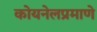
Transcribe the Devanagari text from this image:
कोयनेलप्रमाणे